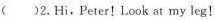
()2.Hi,Peter!Look at my leg！